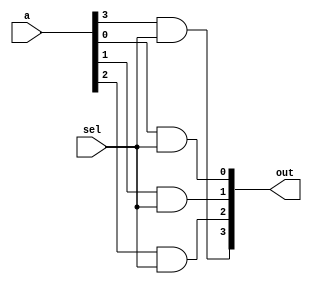
`timescale 1ns/1ps

module selc(sel, out, a);
    input sel;
    input [3:0] a;
    output [3:0] out;
    and a1(out[0], a[0], sel);
    and a2(out[1], a[1], sel);
    and a3(out[2], a[2], sel);
    and a4(out[3], a[3], sel);
endmodule

module Dmux_1x2_4bit(in, a, b, sel);
input [4-1:0] in;
input sel;
output [4-1:0] a, b;
wire nsel;

not n1(nsel, sel);
selc s1(nsel, a, in);
selc s2(sel, b, in);
    
endmodule

module Mux_2x1_4bit(a, b, sel, f);
input [4-1:0] a, b;
input sel;
output [4-1:0] f;
wire nsel;
wire [3:0] t1, t2;

not n1(nsel, sel);
selc s1(nsel, t1, a);
selc s2(sel, t2, b);

or o1(f[0], t1[0], t2[0]);
or o2(f[1], t1[1], t2[1]);
or o3(f[2], t1[2], t2[2]);
or o4(f[3], t1[3], t2[3]);

endmodule

module Crossbar_2x2_4bit(in1, in2, control, out1_1, out2_1, out1_2, out2_2);
input [4-1:0] in1, in2;
input control;
output [4-1:0] out1_1, out2_1;
output [4-1:0] out1_2, out2_2;
wire ncont;
wire [3:0] a, b, c, d;

not n1(ncont, control);
Dmux_1x2_4bit d1(in1, a, b, control);
Dmux_1x2_4bit d2(in2, c, d, ncont);
Mux_2x1_4bit m1(a, c, control, out1_1);
Mux_2x1_4bit m2(b, d, ncont, out2_1);
Mux_2x1_4bit m3(a, c, control, out1_2);
Mux_2x1_4bit m4(b, d, ncont, out2_2);

endmodule